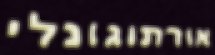
אורתוגונלי